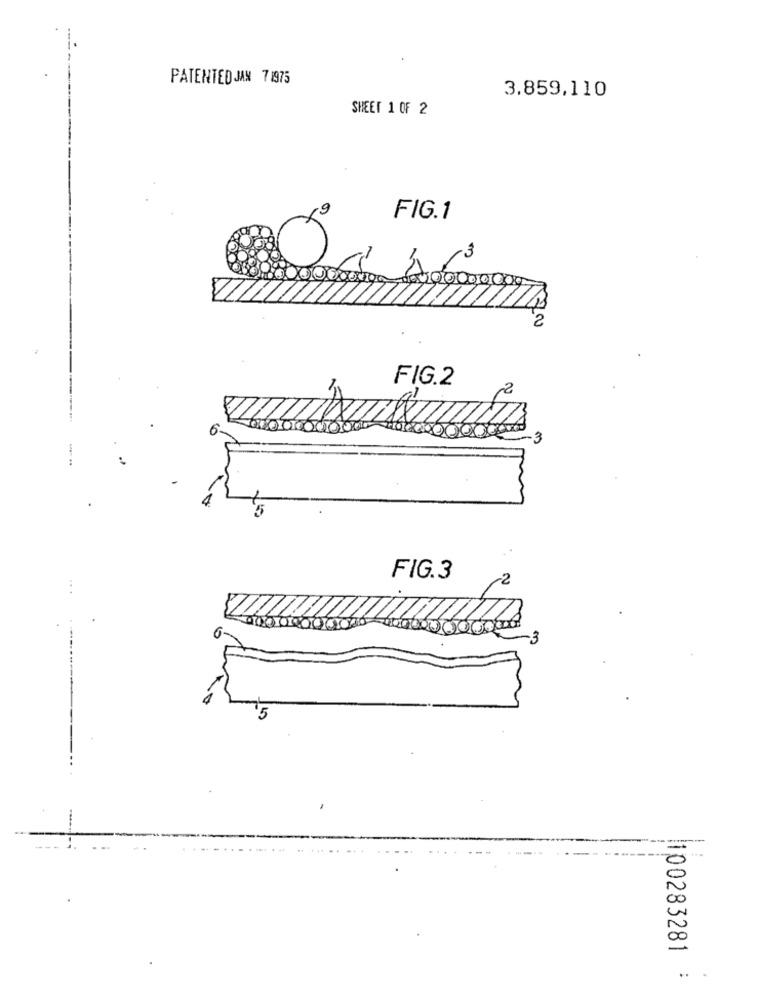
PATENTED JAN 71975
3.859,110
SHEET 1 OF 2
9
FIG.1
X
2
FIG.2
FIG.3
0
00
.. .
100283281